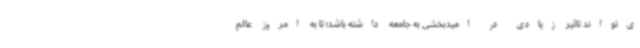
ی‌تواند تاثیر زیادی در امیدبخشی به جامعه داشته باشد؛ تا به امروز عالم